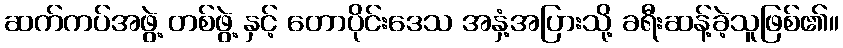
ဆက်ကပ်အဖွဲ့ တစ်ဖွဲ့ နှင့် တောပိုင်းဒေသ အနှံ့အပြားသို့ ခရီးဆန့်ခဲ့သူဖြစ်၏။